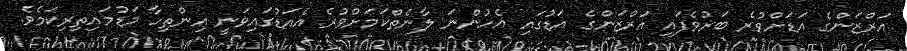
އަރްޒަންގެ އަޑަށްވުރެ ބަރުވެފައި އަރްޒަންގެ އަޑުގައި އެހުންނަ ލާނެތްކަމަށްވުރެ އެއަޑުގައިވަނީ އިންތިހާ މަޑުމައިތިރިކަމެވެ.